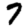
Digit: 7